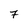
Character: 7